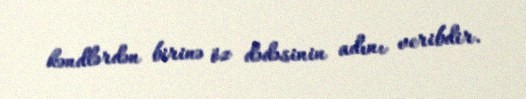
kəndlərdən birinə öz dədəsinin adını veribdir.